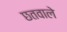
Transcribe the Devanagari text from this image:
छतवाले